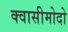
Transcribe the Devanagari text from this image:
क्वासीमोदो